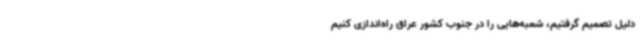
دلیل تصمیم گرفتیم، شعبه‌هایی را در جنوب کشور عراق راه‌اندازی کنیم